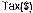
TAX($)